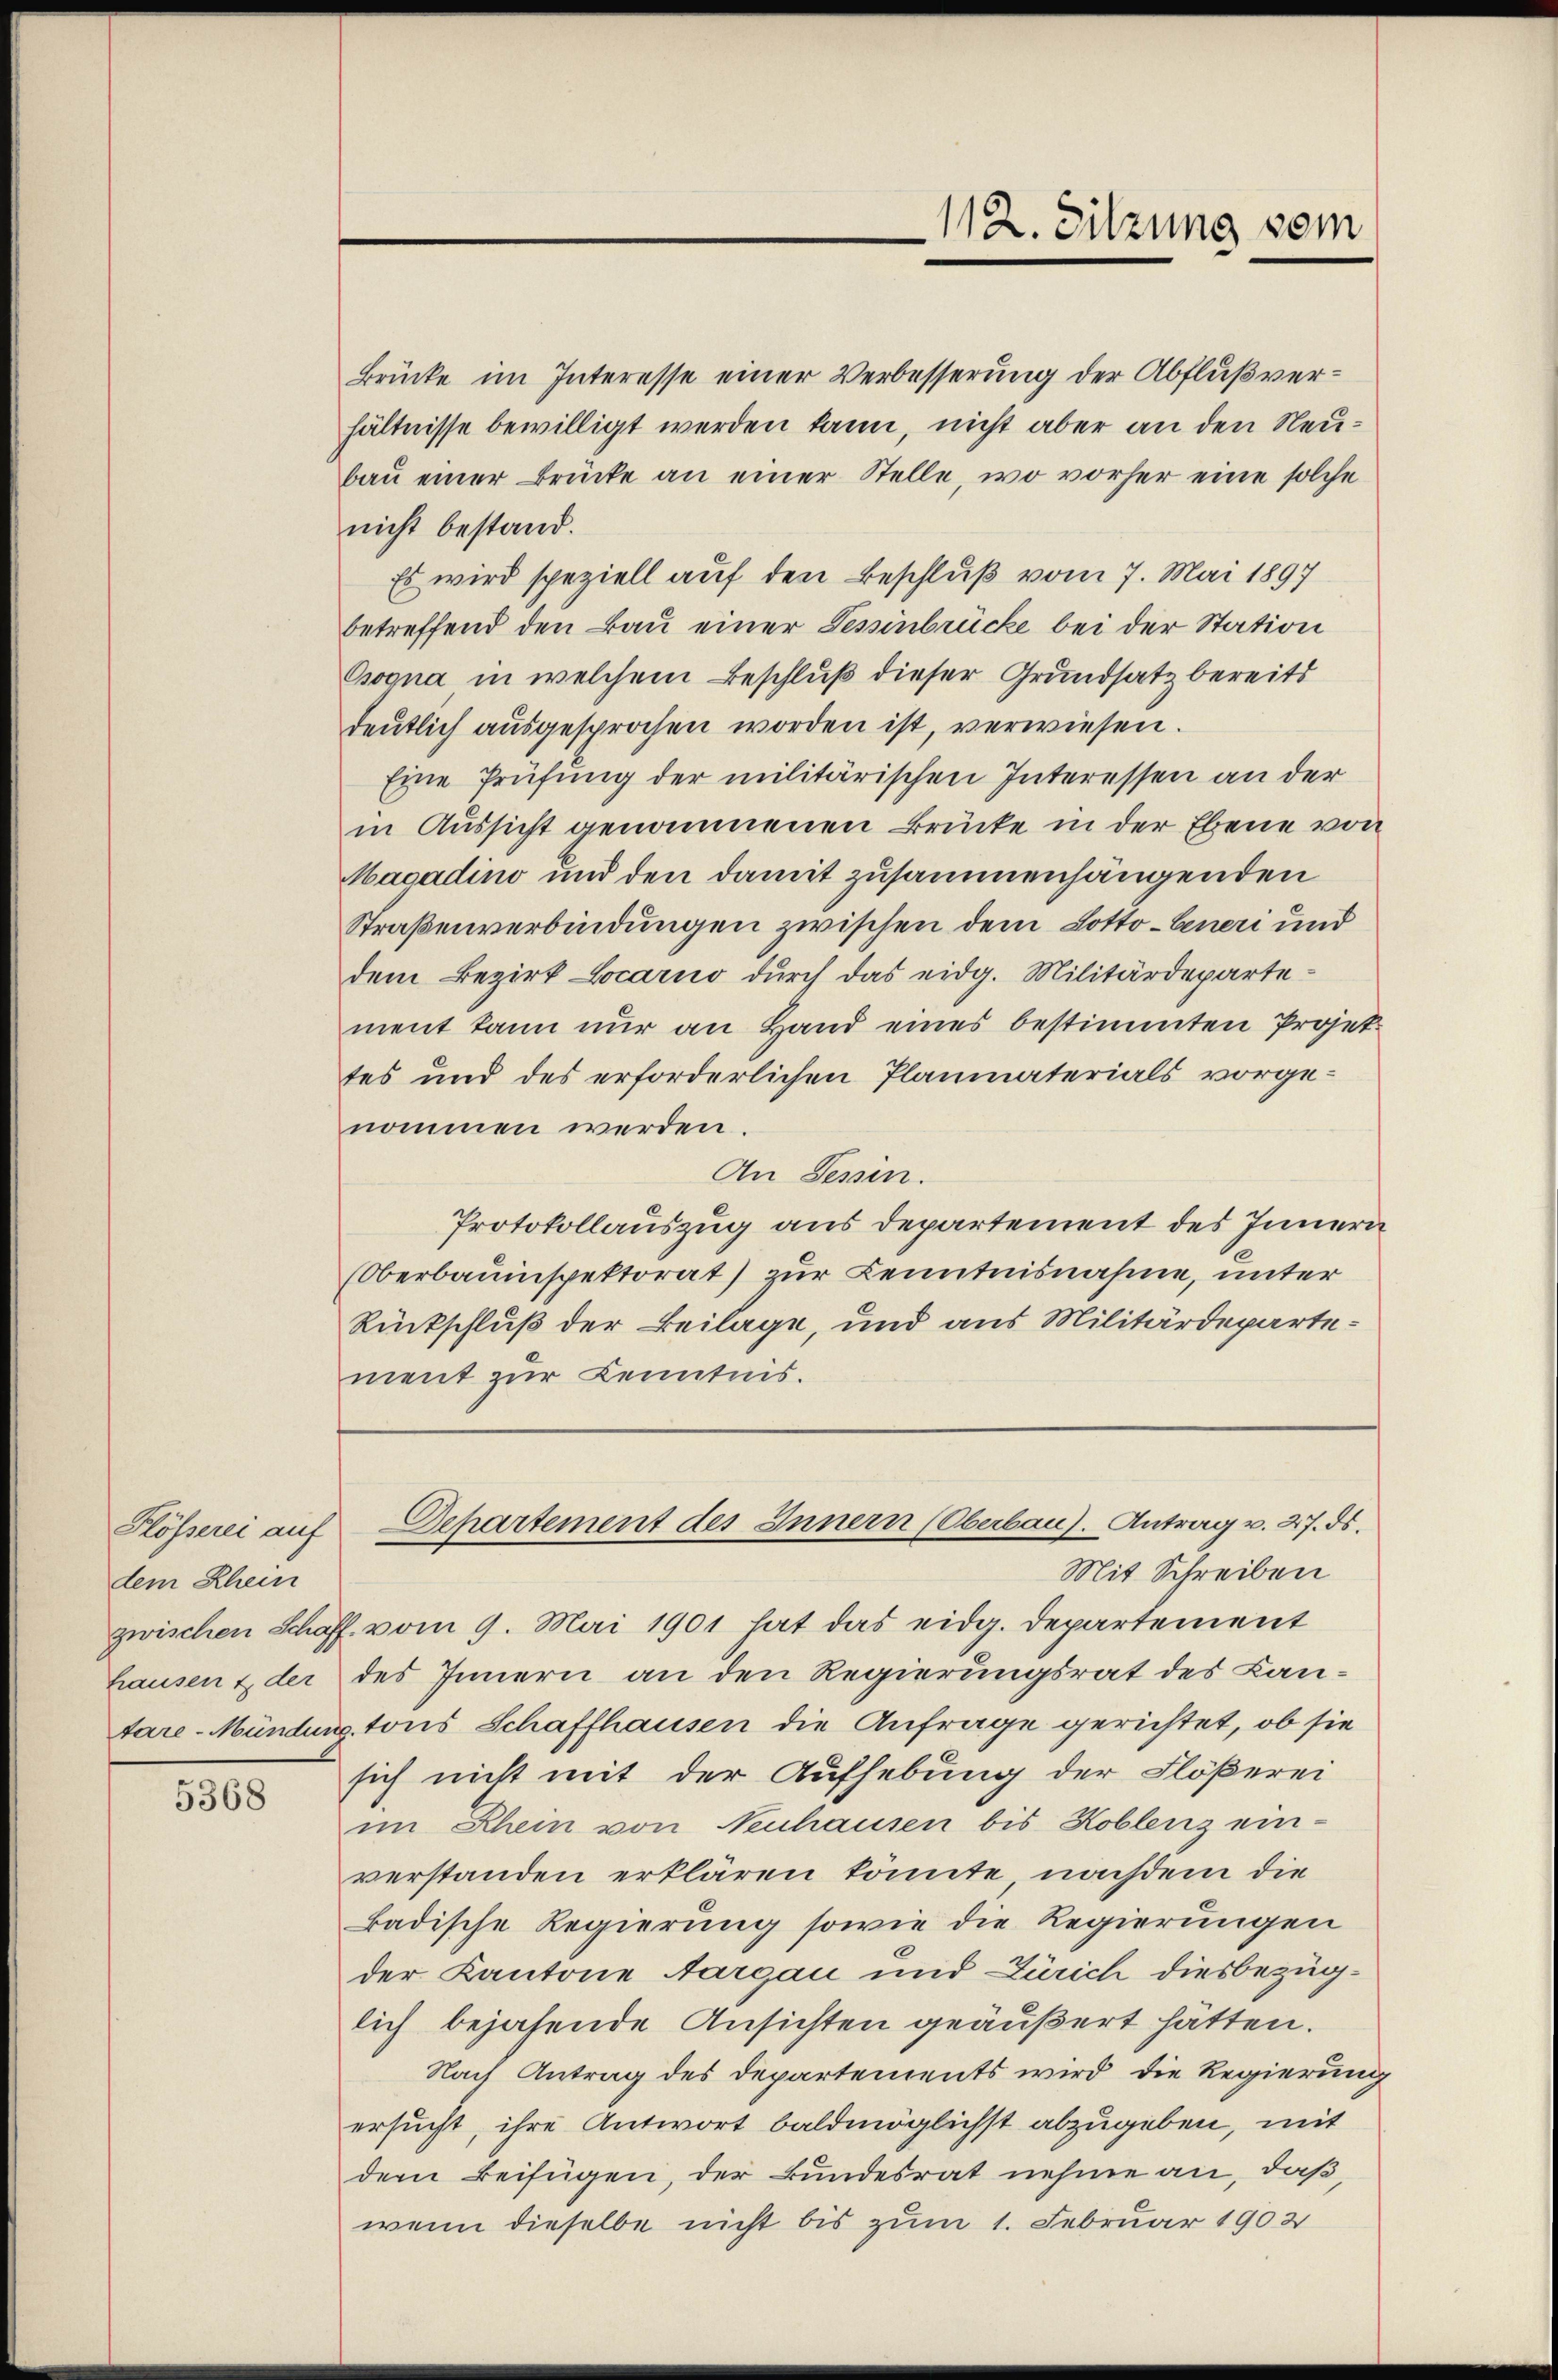
dem Rhein
hausen & der

5368

Brücke im Interesse einer Verbesserung der Abflußverhältnisse bewilligt werden kann, nicht aber an den Neubaŭ einer Brücke an einer Stelle, wo vorher eine solche
nicht bestand.
Es wird speziell auf den Beschluß vom 7. Mai 1897
betreffend den Bau einer Sessinbrücke bei der Station
Csogna in welchem Beschluß dieser Grundsatz bereits
deutlich ausgesprochen worden ist, verwiesen.
Eine Prüfung der militärischen Interessen an der
in Aussicht genommenen Brücke in der Ebene von
Magadino und den damit zusammenhängenden
Straßenverbindungen zwischen dem Lotto-Generi und
dem Bezirk Locarno durch das eidg. Militärdepartement kann nur an Hand eines bestimmten Projettes und des erforderlichen Planmaterials vorgenommen werden.
An Tessin.
Protokollauszug aus departement des Innern
(Oberbauinspektorat) zur Kenntnisnahme, unter
Rückschluß der Beilage, und aus Militärdepartement zur Kenntnis.

112. Sitzung vom

Mit Schreiben
zwischen Schaff vom 9. Mai 1901 hat das eidg. Departement
des Innern an den Regierungsrat des Kantare-Mündung tons Schaffhausen die Anfrage gerichtet, ob sie
sich nicht mit der Aufhebung der Flößerei
im Rhein von Neuhausen bis Koblenz ein-
verstanden erklären könnte, nachdem die
badische Regierung sowie die Regierungen
der Kantone Aargau und Zürich diesbezüglich bejahende Ansichten geäußert hätten.
Nach Antrag des Departements wird die Regierung
ersucht, ihre Antwort baldmöglichst abzugeben, mit
dem Beifügen, der Bundesrat nehme an, daß
wenn dieselbe nicht bis zum 1. Februar 1902

Plösserei auf Departement des Innern (Oberbau). Antrag v. 27. ds.